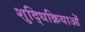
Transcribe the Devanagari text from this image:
शुद्धिक्रियाओं